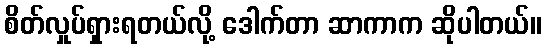
စိတ်လှုပ်ရှားရတယ်လို့ ဒေါက်တာ ဆာကာက ဆိုပါတယ်။